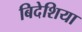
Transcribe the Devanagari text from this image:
बिदेशिया